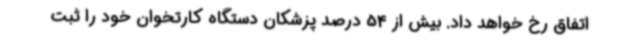
اتفاق رخ خواهد داد. بیش از 54 درصد پزشکان دستگاه کارتخوان خود را ثبت